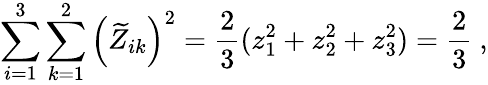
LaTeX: \sum_{i=1}^{3}\sum_{k=1}^{2}\left(\widetilde{Z}_{ik}\right)^{2}=\frac{2}{3}(z_{1}^{2}+z_{2}^{2}+z_{3}^{2})=\frac{2}{3}\ ,